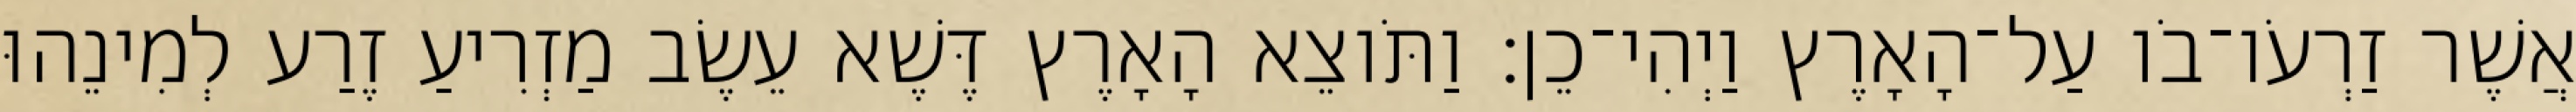
אֲשֶׁר זַרְעֹו־בֹו עַל־הָאָרֶץ וַיְהִי־כֵן׃ וַתֹּוצֵא הָאָרֶץ דֶּשֶׁא עֵשֶׂב מַזְרִיעַ זֶרַע לְמִינֵהוּ